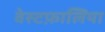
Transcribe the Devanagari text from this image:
वेस्टफ़ालिया